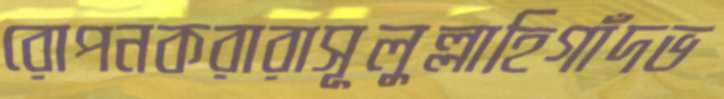
রোপনকরারাসূলুল্লাহিগাঁদভ